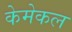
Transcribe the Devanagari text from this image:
केमेकल